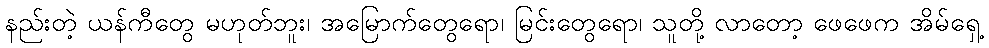
နည်းတဲ့ ယန်ကီတွေ မဟုတ်ဘူး၊ အမြောက်တွေရော၊ မြင်းတွေရော၊ သူတို့ လာတော့ ဖေဖေက အိမ်ရှေ့